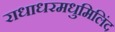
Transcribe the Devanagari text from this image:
राधाधरमधुमिलिंद